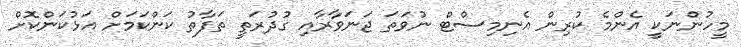
މީހުންނަކީ އެންމެ ކުރިން އެނިމިސްޓް ނުވަތަ ޖަނަވާރާއި ގުދުރަތީ ތަފާތު ކަންކަމަށް އަޅުކަންކޮށް